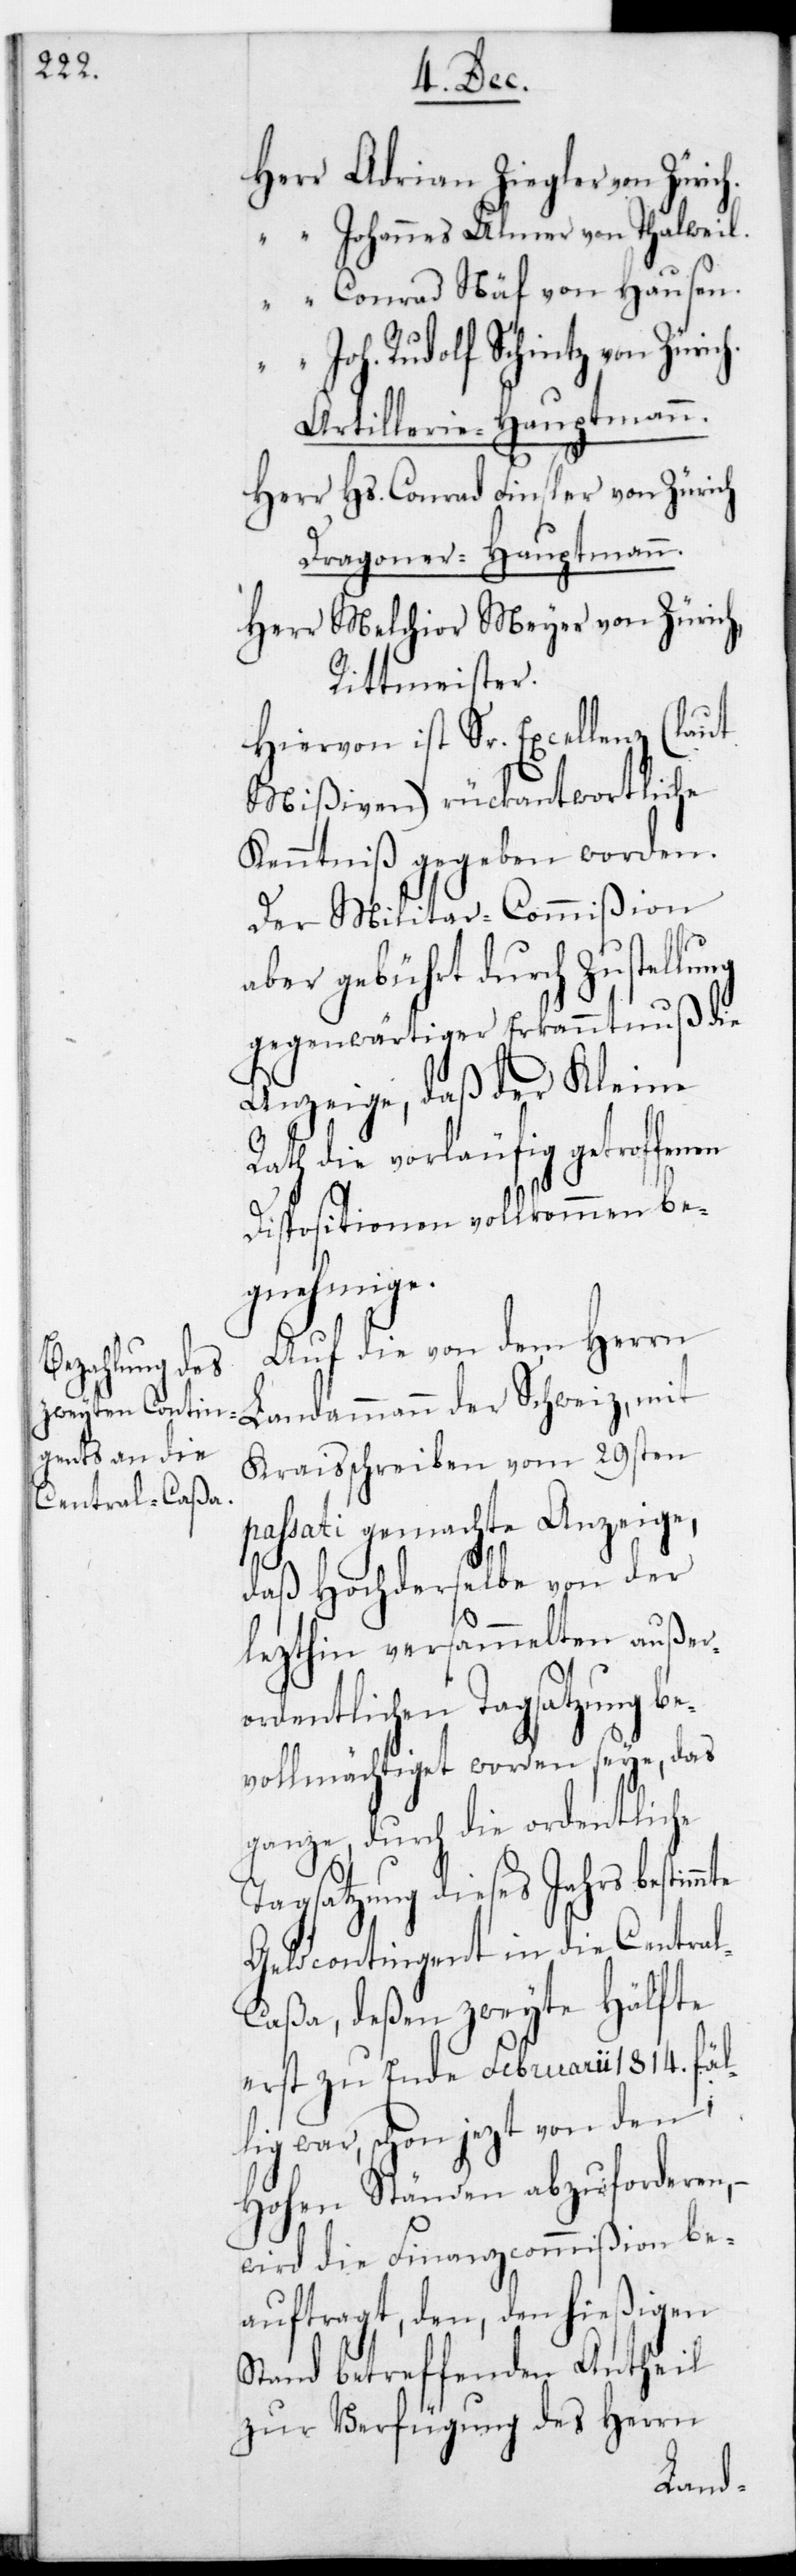
“ Adrian Ziegler von Züric¬
“ Johannes Ulmer von Thalweil.
“ Conrad Näf von Hausen.
ammann der Schweiz mit
Artillerie-Hauptmann.
Herr Hs. Conrad Finsler von Zürich.
Dragoner-Hauptmann.
Herr Melchior Meyer von Zürich,
Rittmeister.
mte
Hiervon ist Sr. Excellenz
Mißiven) rückantwortliche
Kenntniß gegeben worden.
Der Militar-Commißion
aber gebührt durch Zustel¬
gegenwärtiger Erkanntnuß die
Anzeige, daß der Kleine
Rath die vorläufig getroffenen
Dispositionen vollkommen be¬
gnehmige.
Auf die von dem Herrn
Kreisschreiben vom 29sten
passati gemachte Anzeige,
daß Hochderselbe von der
lezthin versammelten außer¬
ordentlichen Tagsatzung be¬
vollmächtiget worden seye, das
ganze, durch die ordentliche
Tagsatzung dieses Jahrs bestim¬
Geldcontingent in die Central¬
caßa, deßen zweyte Hälfte
erst zu Ende Februarii 1814. fäl¬
lig war, schon jezt von den
Hohen Ständen abzuforderen, –
wird die Finanzcommißion be¬
auftragt, den, den hießigen
Stand betreffenden Antheil
zur Verfügung des Herrn
Land¬